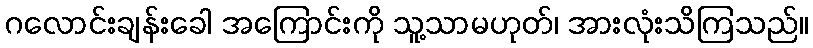
ဂလောင်းချန်းခေါ အကြောင်းကို သူ့သာမဟုတ်၊ အားလုံးသိကြသည်။